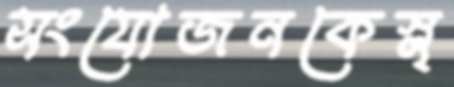
সংযোজনকেস্ল্